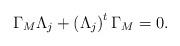
LaTeX: \begin{align*}\Gamma _{M}\Lambda _{j}+\left( \Lambda _{j}\right) ^{t}\Gamma _{M}=0.\end{align*}